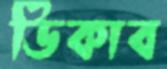
ডিকাব